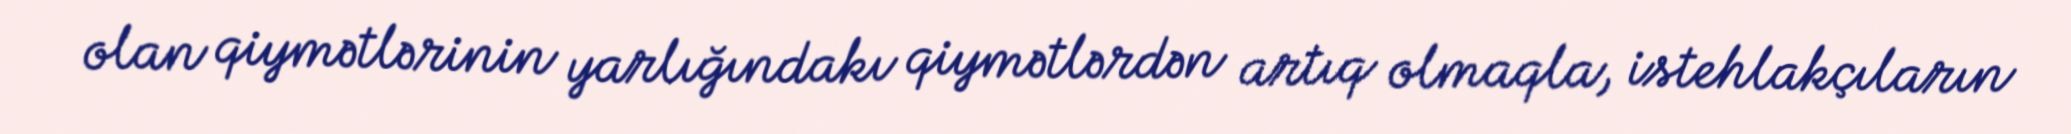
olan qiymətlərinin yarlığındakı qiymətlərdən artıq olmaqla, istehlakçıların